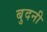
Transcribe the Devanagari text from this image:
बुदनी